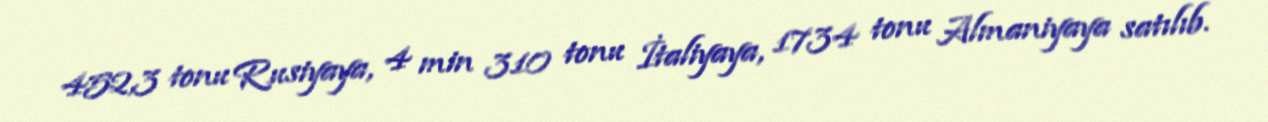
452,3 tonu Rusiyaya, 4 min 310 tonu İtaliyaya, 1734 tonu Almaniyaya satılıb.